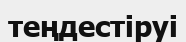
теңдестіруі